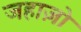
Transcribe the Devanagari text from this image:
जहाज़ो